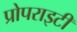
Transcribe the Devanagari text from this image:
प्रोपराइटी